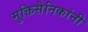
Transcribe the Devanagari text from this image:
मुक्तिसैनिकांनी